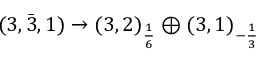
( 3 , { \bar { 3 } } , 1 ) \rightarrow ( 3 , 2 ) _ { \frac { 1 } { 6 } } \oplus ( 3 , 1 ) _ { - { \frac { 1 } { 3 } } }